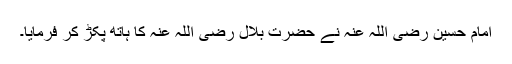
امام حسین رضی اللہ عنہ نے حضرت بلال رضی اللہ عنہ کا ہاتھ پکڑ کر فرمایا۔